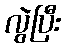
လွဲပြီး